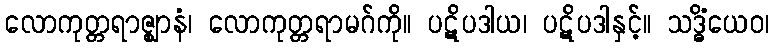
လောကုတ္တရာဇ္ဈာနံ၊ လောကုတ္တရာမဂ်ကို။ ပဋိပဒါယ၊ ပဋိပဒါနှင့်။ သဒ္ဓိံယေဝ၊